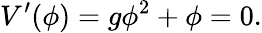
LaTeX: V^{\prime}(\phi)=g\phi^{2}+\phi=0.